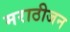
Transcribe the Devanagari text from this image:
मराठीजन